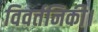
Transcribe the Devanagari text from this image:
विवर्तनिकी।